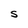
Character: S